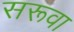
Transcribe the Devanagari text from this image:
सरूवा